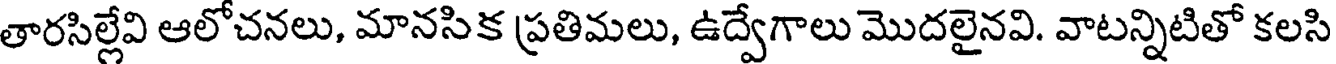
తారసిల్లేవి ఆలోచనలు, మానసిక ప్రతిమలు, ఉద్వేగాలు మొదలైనవి. వాటన్నిటితో కలసి